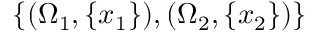
\{ ( \Omega _ { 1 } , \{ x _ { 1 } \} ) , ( \Omega _ { 2 } , \{ x _ { 2 } \} ) \}